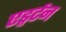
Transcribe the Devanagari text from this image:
एड्गर्टन